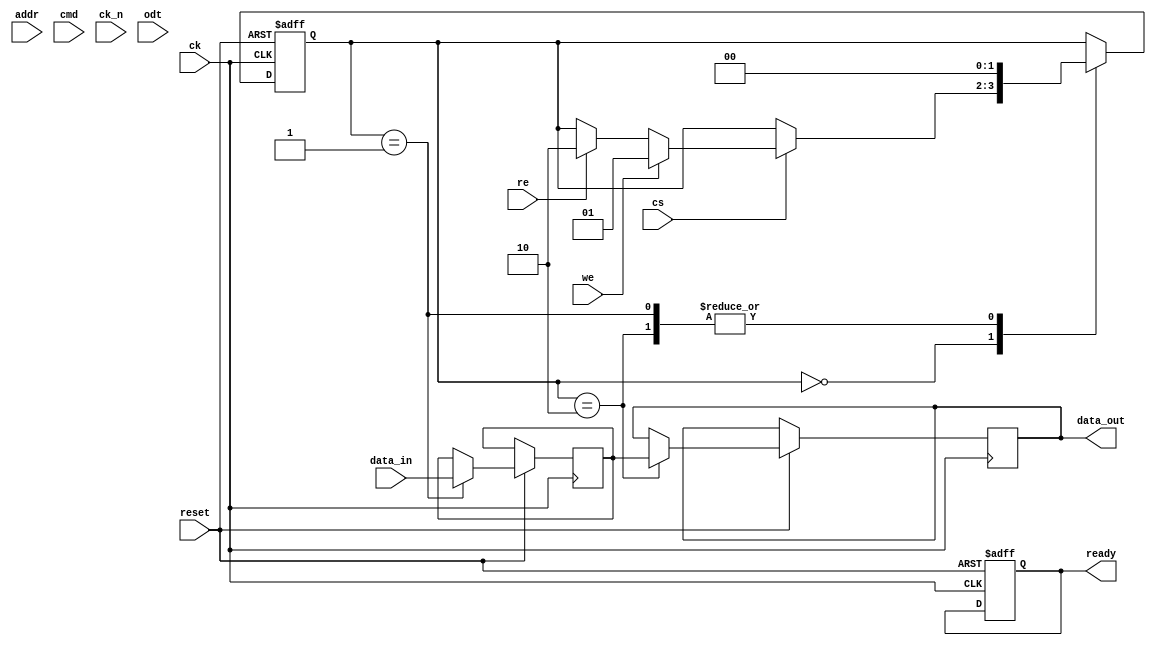
module lpddr2_io_block #(
    parameter DATA_WIDTH = 32,       // Data bus width (16 or 32 bits)
    parameter ADDR_WIDTH = 15         // Address width (example size)
)(
    // Signal Interface
    input wire [DATA_WIDTH-1:0] data_in,      // Data input
    output wire [DATA_WIDTH-1:0] data_out,     // Data output
    input wire [ADDR_WIDTH-1:0] addr,           // Address input
    input wire cmd,                             // Command input
    input wire cs,                              // Chip Select
    input wire we,                              // Write Enable
    input wire re,                              // Read Enable
    input wire ck,                              // Clock
    input wire ck_n,                            // Inverted Clock
    input wire odt,                             // On-Die Termination
    input wire reset,                           // Reset signal
    output wire ready                           // Ready signal
);

    // Internal signals
    reg [DATA_WIDTH-1:0] data_reg;             // Register for data storage
    reg ready_reg;                              // Ready signal register
    reg [ADDR_WIDTH-1:0] addr_reg;             // Address register

    // Timing Control and Power Management
    reg [1:0] state;                           // State for FSM
    localparam IDLE = 2'b00, WRITE = 2'b01, READ = 2'b10;

    // Initialization Sequence (simplified)
    initial begin
        ready_reg = 1'b0;
        state = IDLE;
    end

    // Main I/O operation
    always @(posedge ck or negedge reset) begin
        if (!reset) begin
            state <= IDLE;
            ready_reg <= 1'b0;
        end else begin
            case (state)
                IDLE: begin
                    if (cs) begin
                        if (we) begin
                            state <= WRITE;
                        end else if (re) begin
                            state <= READ;
                        end
                    end
                end
                WRITE: begin
                    data_reg <= data_in; // Capture incoming data
                    addr_reg <= addr;     // Capture address
                    // Implement write operation here
                    state <= IDLE;        // Return to IDLE
                end
                READ: begin
                    // Implement read operation here
                    data_out <= data_reg; // Output the stored data
                    state <= IDLE;         // Return to IDLE
                end
            endcase
        end
    end

    // Ready signal logic
    assign ready = ready_reg;

    // Additional features like ECC, BIST, etc., can be added here

endmodule